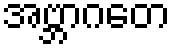
အဗ္ဘာဂတေ